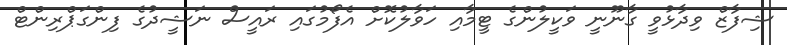
ޝިފާޒް ވިދާޅުވީ ގާނޫނީ ވަކީލުންގެ ޓީމާއި ހަވާލުކޮށް އެފޯމުގައި ރައީސް ނަޝީދުގެ ފިންގަޕްރިންޓް